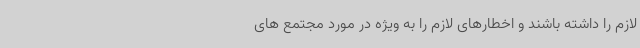
لازم را داشته باشند و اخطارهای لازم را به ویژه در مورد مجتمع های